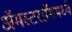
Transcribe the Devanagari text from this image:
अॅमस्टरडॅममध्ये